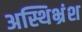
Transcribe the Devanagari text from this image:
अस्थिभ्रंश